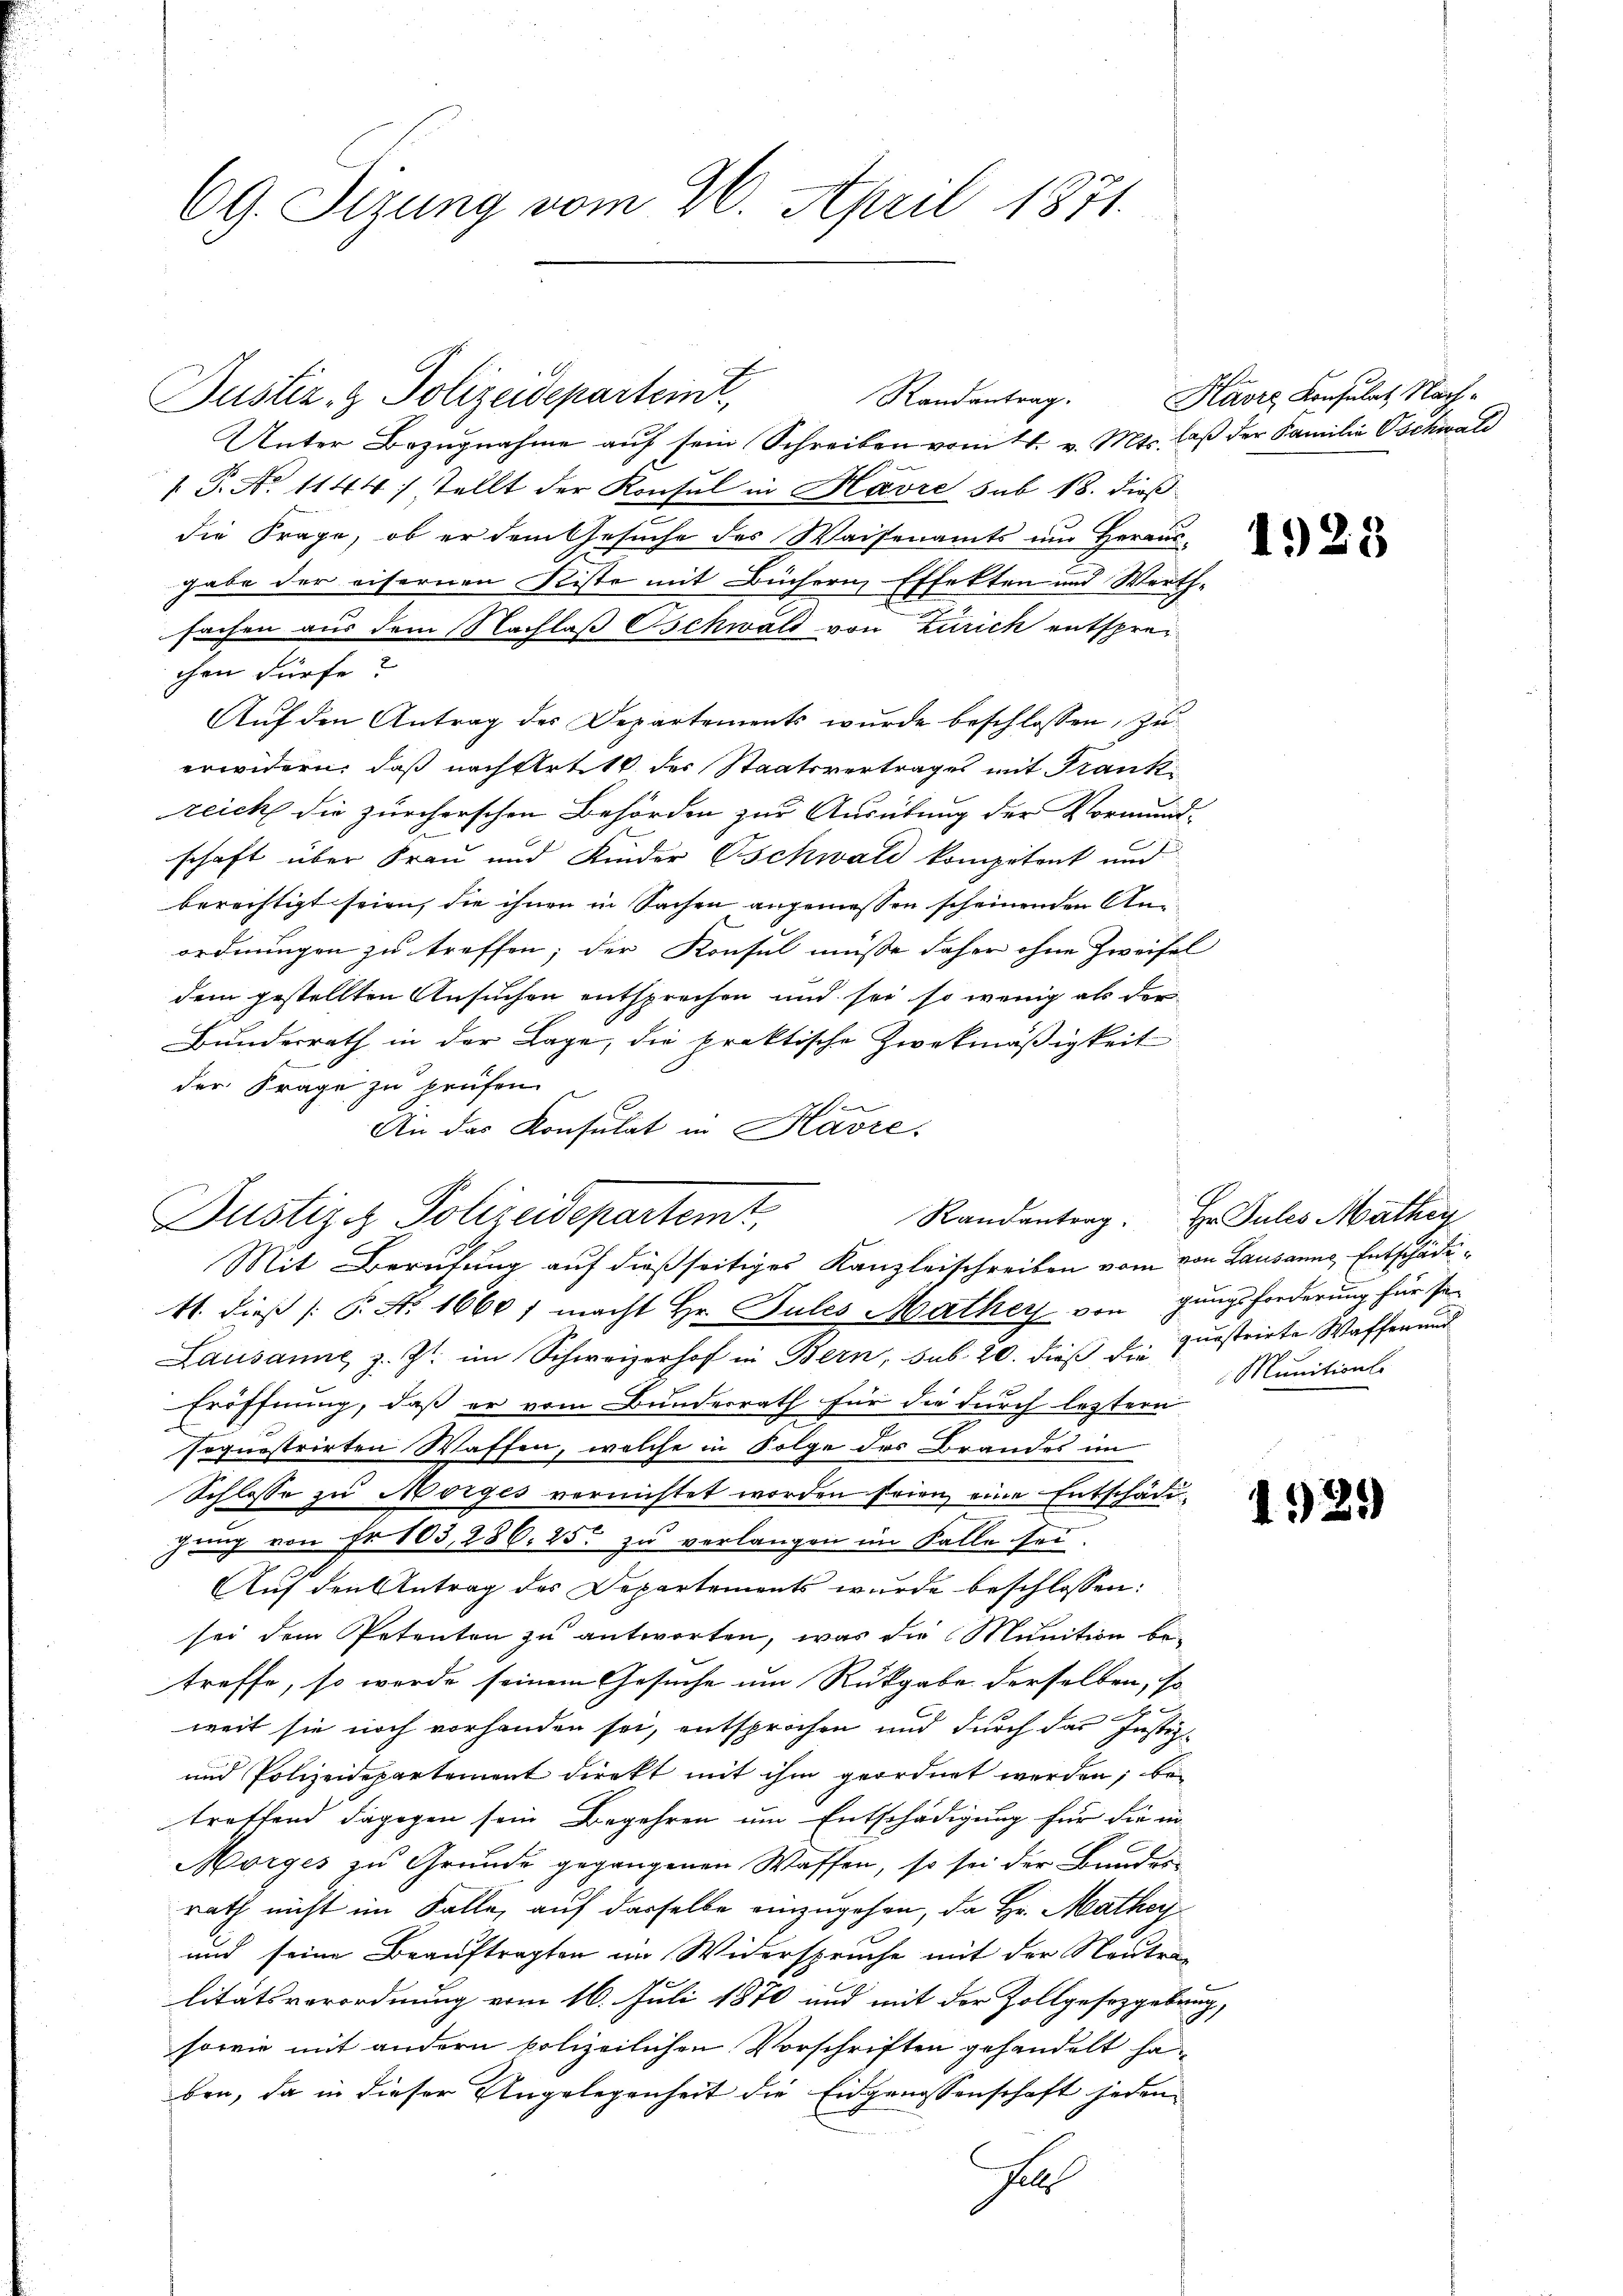
69. Sizung vom 26. April 1871.

Justiz- & Polizeideparteint,
T. No 1144) tellt der Konsul in Havre sub 18. dieß
die Frage, ob er dem Gesuche des Waisenamts um Heraus-
gabe der eifernen Riste mit Büchern Effekten und Werth-
sachen aus dem Nachlaß Schwald von Zürich entsprechen dürfe?
Auf den Antrag des Departements wurde beschlossen, zu
erwidern, daß nach Art 14 des Staatsvertrages mit Frantz
zeich die zürcherschen Behörden zur Ausübung der Vormund-
E
schaft über Frau und Kinder Oschwald kompetent und
berechtigt seien, die ihnen in Sachen angemessen scheinenden Anordnungen zu treffen; der Konsul müsse daher ohne Zweifel
dem gestellten Ansuchen entsprechen und sei so wenig als der
Bundesrath in der Lage, die praktische Zweckmäßigkeit
der Frage zu prüfen.
schen
An das Konsulat in Bravre.
41. dieß (: P. N. 1660 f macht Hr. Pules Mathey von gungsforderung für se
Lausanne, z. Zt. im Schweizerhof in Bern, sub. 20. dieß die questrirte Waffen und
Eröffnung, daß er vom Bundesrath für die durch leztern
soquestrirten Waffen, welche in Folge des Brandes im
Schlosse zu Morges vornichtet worden seien eine Entschäde
hung von Fr. 103,286. 25. zu verlangen im Falle sei.
Auf den Antrag des Departements wurde beschlossen:
sei dem Petenten zu antworten, was die Munition be-
treffe, so werde seinem Gesuche um Rückgabe derselben, so
weit sie noch vorhanden sei, entsprochen und durch das Justiz¬
und Polizeidepartement direkt mit ihm geordnet werden; bei
treffend dagegen sein Begehren um Entschädigung für die in
Morges zu Grunde gegangenen Waffen, so sei der Bandes-
rath nicht im Falle, auf derselbe einzugehen, da Hr. Mathar
und seine Beauftragten im Widerspruche mit der Neutra-
litätsverordnung vom 16. Juli 1870 und mit der Zollgesetzgebung
sowie mit andern polizeilichen Vorschriften gehandelt haben, da in dieser Angelegenheit die Eidgenossenschaft jeden
fl

Randantrag.
Unter Bezugnahme auf sein Schreiben vom 21. v. Mts. laß der Familie Oschwald

Justiz- Polizeidepartemt,
Mit Berufung auf dießseitiges Kanzleischreiben vom von Lausanns, Entschädi¬

Kavre Konsulat Nach¬

1923

Randantrag. Hr. Pules Mathen
 Munitions

1929